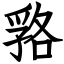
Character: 嗠